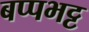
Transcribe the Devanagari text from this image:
बप्पभट्ट